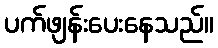
ပက်ဖျန်းပေးနေသည်။